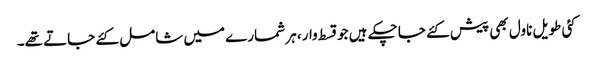
کئی طویل ناول بھی پیش کئے جا چکے ہیں جو قسط وار، ہر شمارے میں شامل کئے جاتے تھے۔